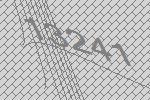
13241